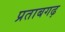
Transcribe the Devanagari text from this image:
प्रताबगढ़